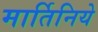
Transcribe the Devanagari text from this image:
मार्तिनिये